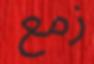
زمع